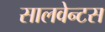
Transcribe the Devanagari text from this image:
सालवेन्टस